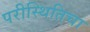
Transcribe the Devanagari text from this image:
परीस्थितिचा